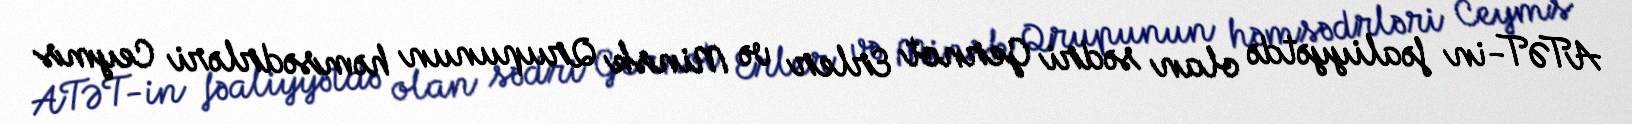
ATƏT-in fəaliyyətdə olan sədri Gernot Erler və Minsk Qrupunun həmsədrləri Ceyms